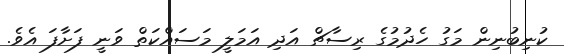
ކުނިބުނިން މަގު ހެދުމުގެ ރިސާޗް އަދި އަމަލީ މަސައްކަތް ވަނީ ފަށާފަ އެވެ.